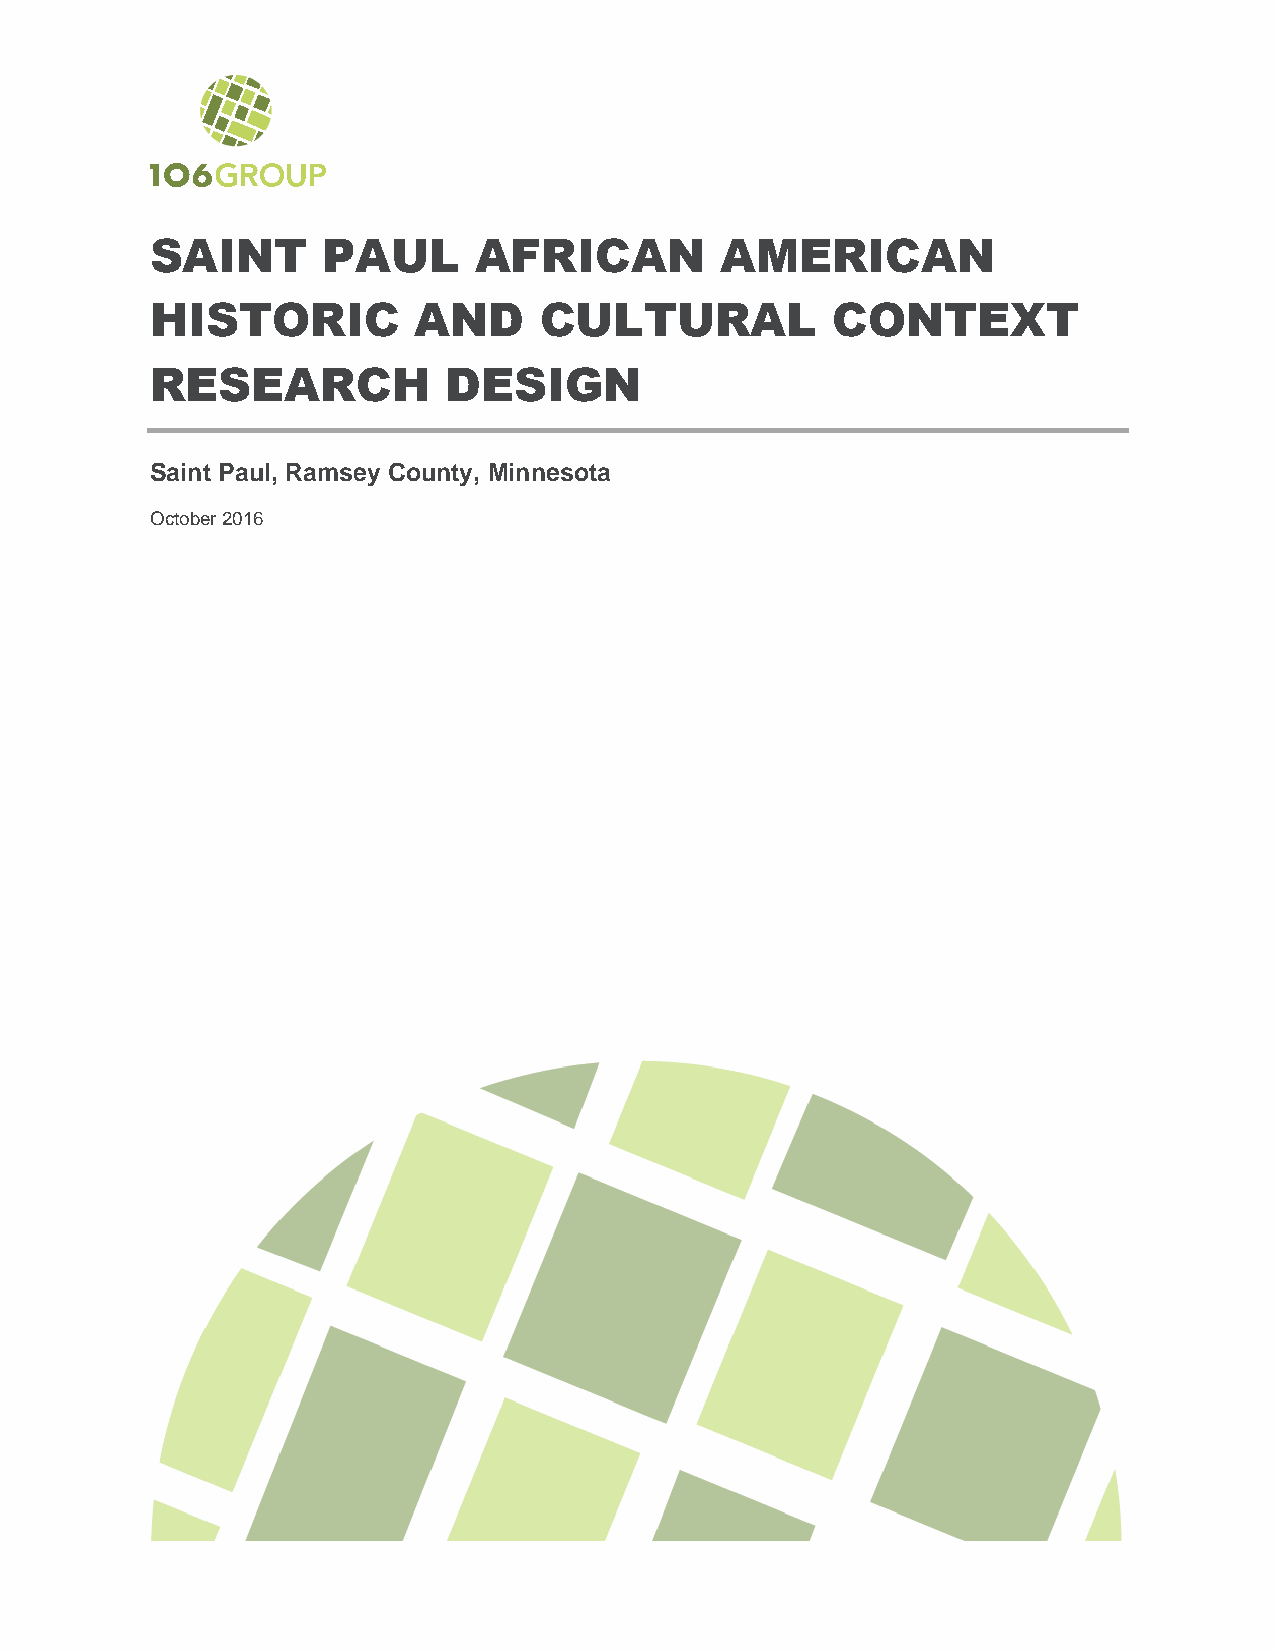
SAINT      PAUL       AFRICAN         AMERICAN
 HISTORIC         AND      CULTURAL           CONTEXT
 RESEARCH           DESIGN
 Saint Paul, Ramsey County, Minnesota
 October 2016